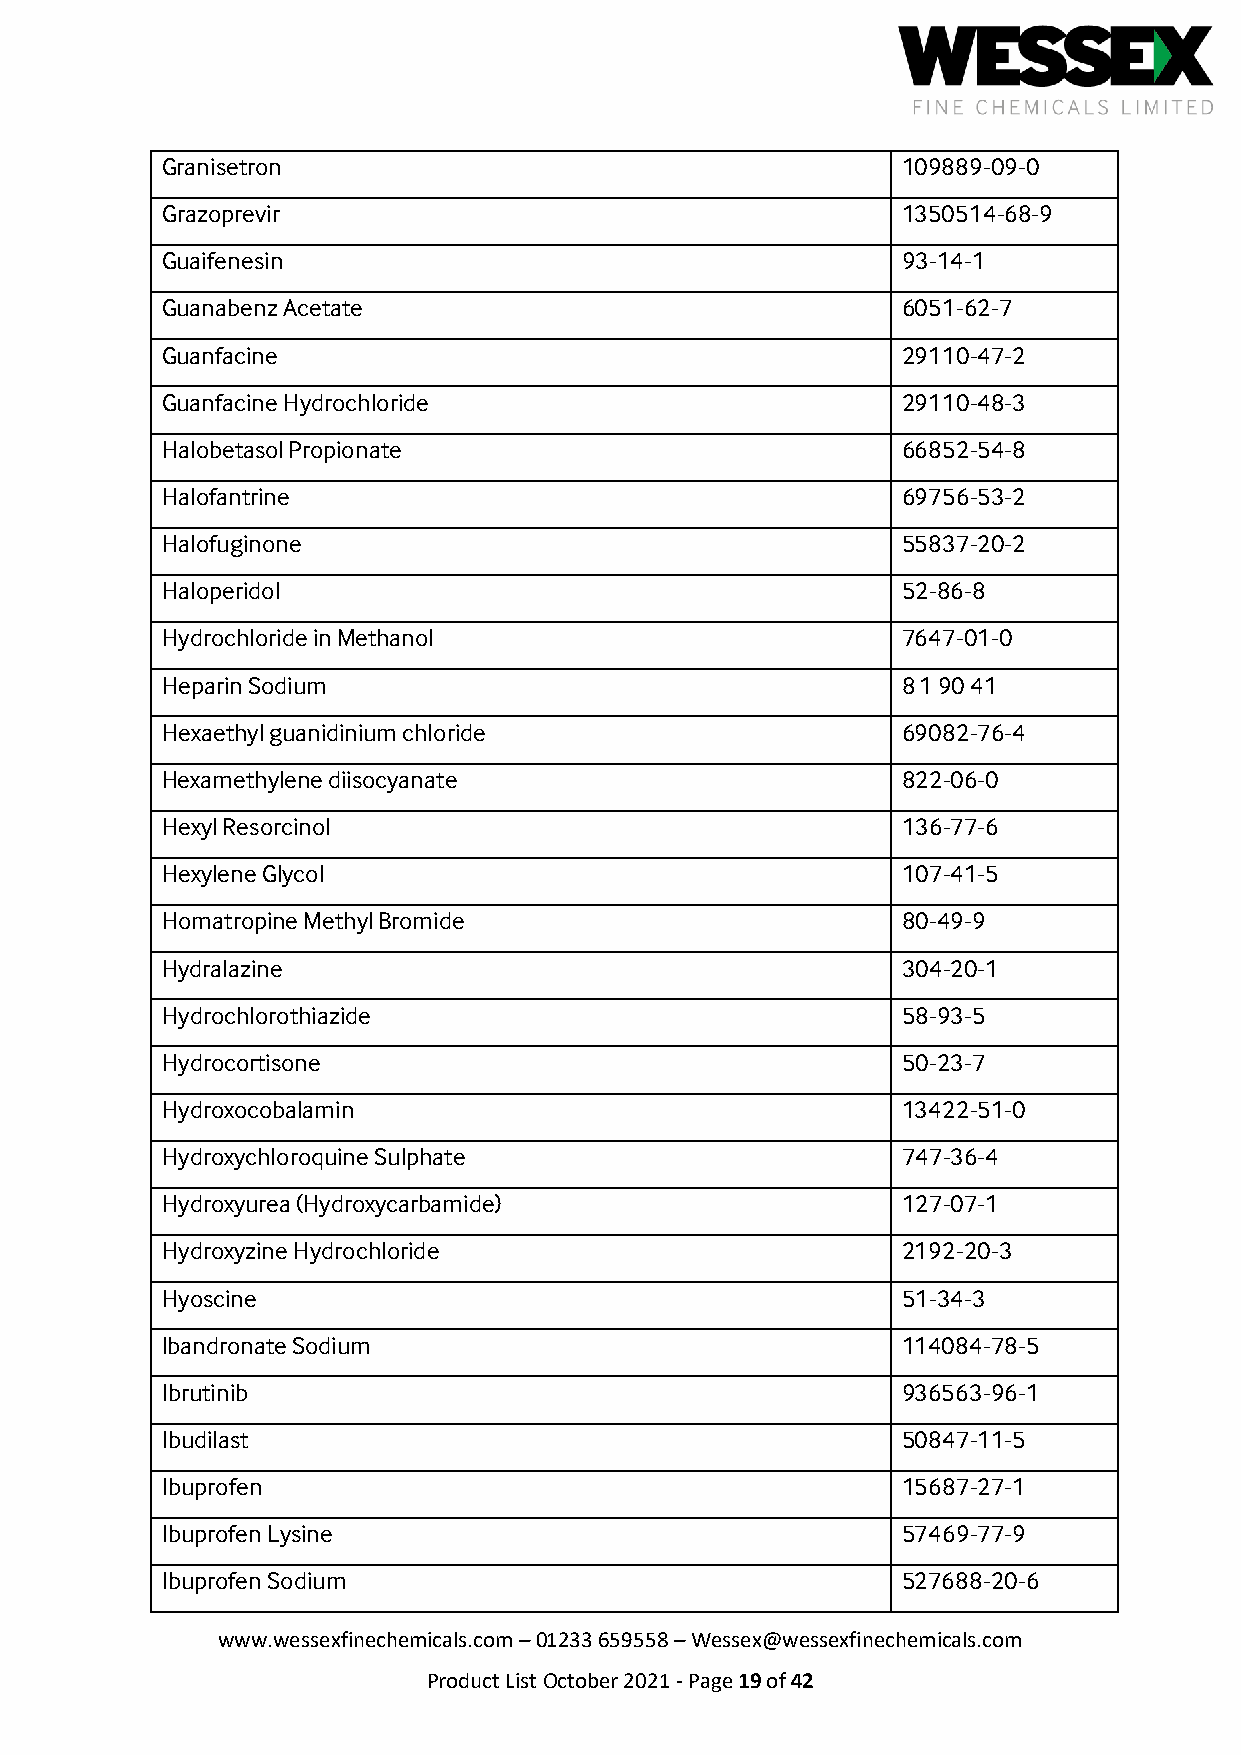
Granisetron                                      109889-09-0
 Grazoprevir                                      1350514-68-9
 Guaifenesin                                      93-14-1
 Guanabenz Acetate                                6051-62-7
 Guanfacine                                       29110-47-2
 Guanfacine Hydrochloride                         29110-48-3
 Halobetasol Propionate                           66852-54-8
 Halofantrine                                     69756-53-2
 Halofuginone                                     55837-20-2
 Haloperidol                                      52-86-8
 Hydrochloride in Methanol                        7647-01-0
 Heparin Sodium                                   8 1 90 41
 Hexaethyl guanidinium chloride                   69082-76-4
 Hexamethylene diisocyanate                       822-06-0
 Hexyl Resorcinol                                 136-77-6
 Hexylene Glycol                                  107-41-5
 Homatropine Methyl Bromide                       80-49-9
 Hydralazine                                      304-20-1
 Hydrochlorothiazide                              58-93-5
 Hydrocortisone                                   50-23-7
 Hydroxocobalamin                                 13422-51-0
 Hydroxychloroquine Sulphate                      747-36-4
 Hydroxyurea (Hydroxycarbamide)                   127-07-1
 Hydroxyzine Hydrochloride                        2192-20-3
 Hyoscine                                         51-34-3
 Ibandronate Sodium                               114084-78-5
 Ibrutinib                                        936563-96-1
 Ibudilast                                        50847-11-5
 Ibuprofen                                        15687-27-1
 Ibuprofen Lysine                                 57469-77-9
 Ibuprofen Sodium                                 527688-20-6
 www.wessexfinechemicals.com – 01233 659558 – Wessex@wessexfinechemicals.com
 Product List October 2021 - Page 19 of 42